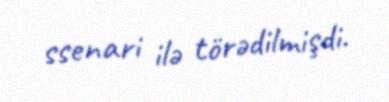
ssenari ilə törədilmişdi.